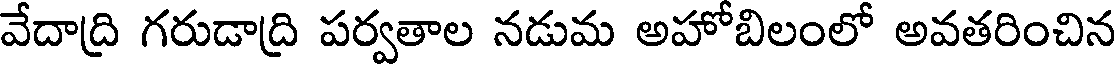
వేదాద్రి గరుడాద్రి పర్వతాల నడుమ అహోబిలంలో అవతరించిన